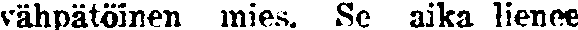
vähpätöinen mies. Se aika lienee